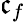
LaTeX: \mathfrak{c}_{f}